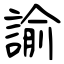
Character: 諭